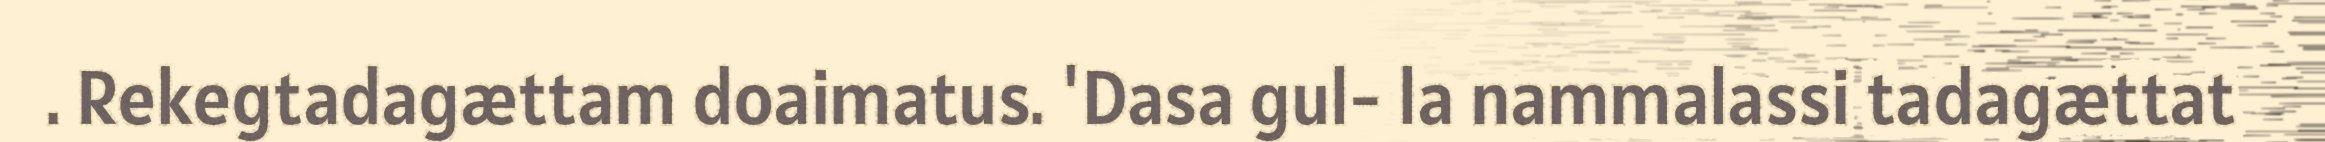
. Rekegtadagættam doaimatus. 'Dasa gul- la nammalassi tadagættat